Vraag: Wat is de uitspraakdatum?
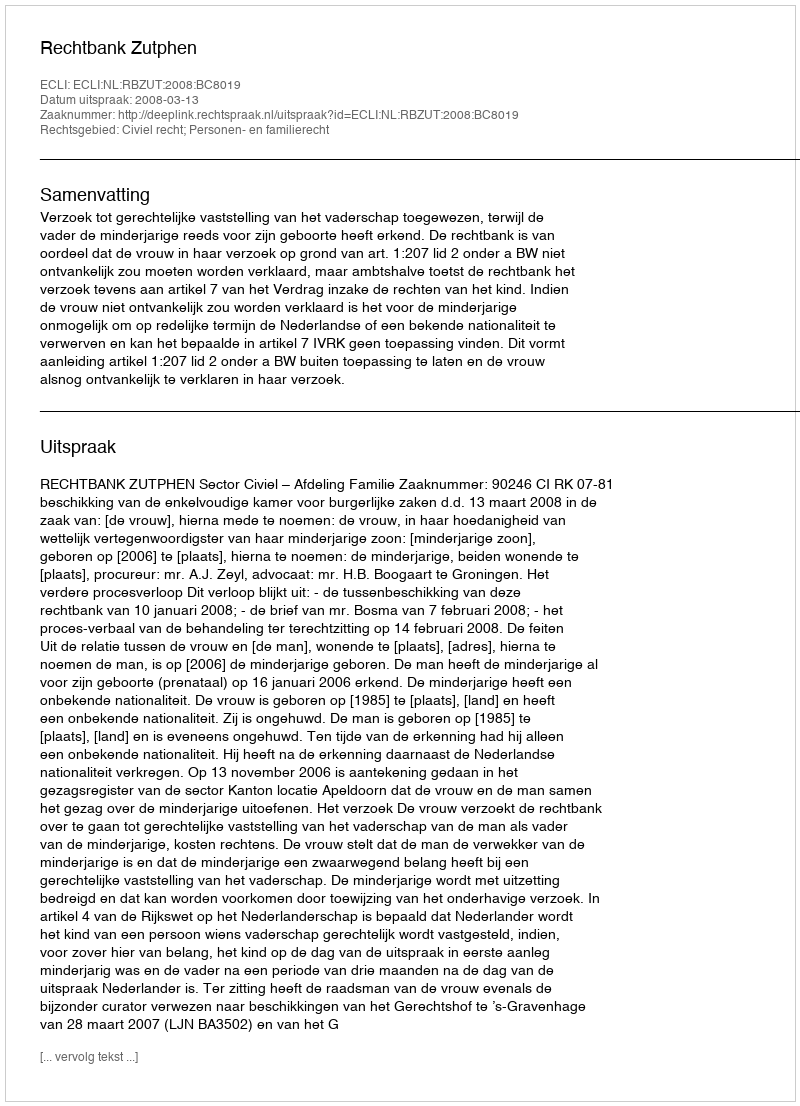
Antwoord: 2008-03-13